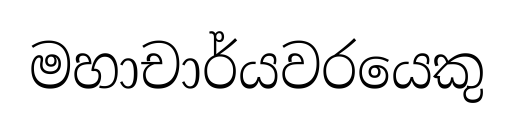
මහාචාර්යවරයෙකු